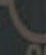
ا